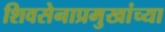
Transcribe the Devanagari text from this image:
शिवसेनाप्रमुखांच्या